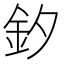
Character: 釸